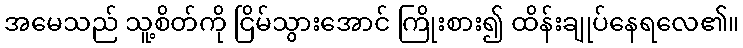
အမေသည် သူ့စိတ်ကို ငြိမ်သွားအောင် ကြိုးစား၍ ထိန်းချုပ်နေရလေ၏။